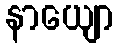
နာယျော